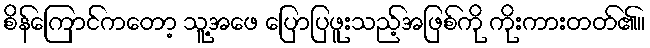
စိန်ကြောင်ကတော့ သူ့အဖေ ပြောပြဖူးသည့်အဖြစ်ကို ကိုးကားတတ်၏။